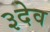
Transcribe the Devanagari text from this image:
३देव